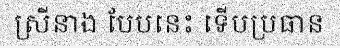
ស្រីនាង បែបនេះ ទើបប្រធាន